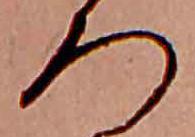
ろ